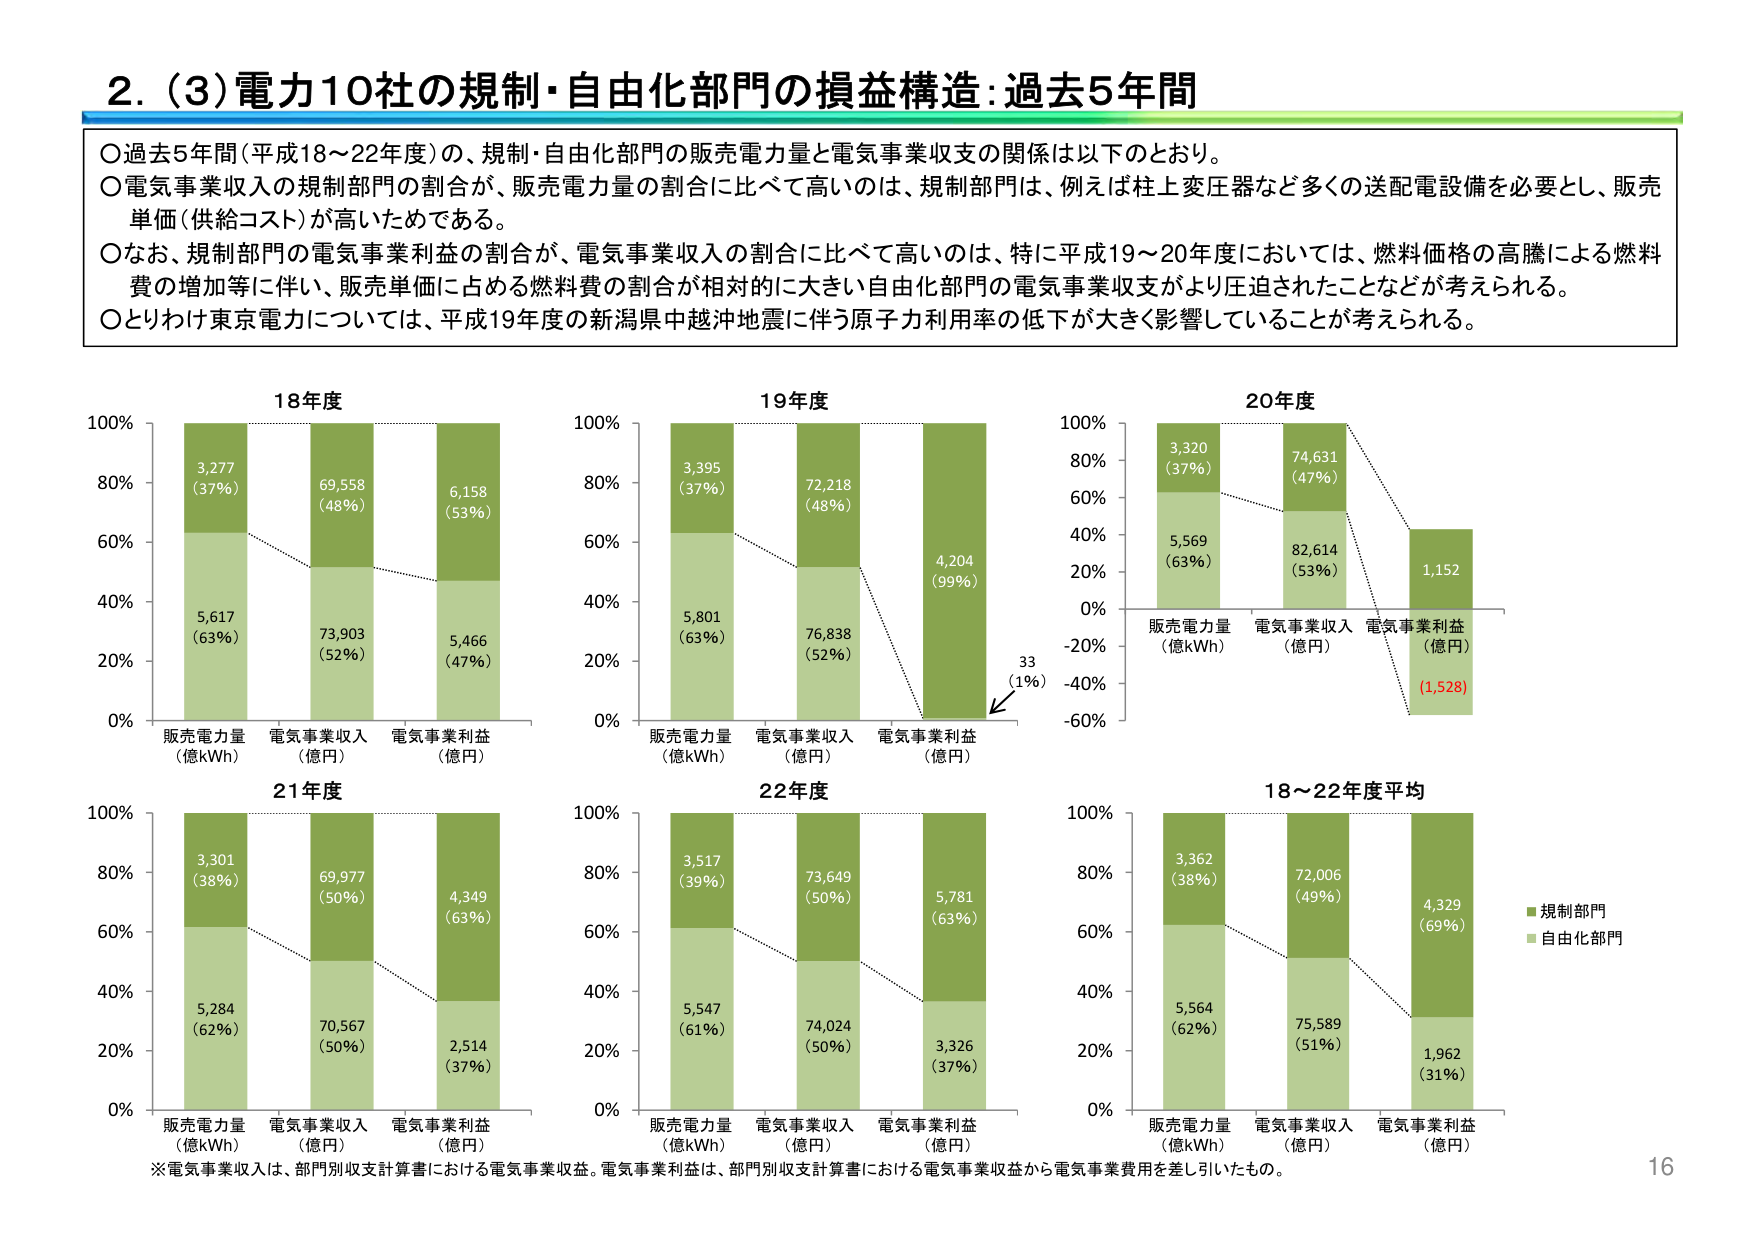
2. (3) 電力10社の規制・自由化部門の損益構造：過去5年間

○過去5年間（平成18～22年度）の、規制・自由化部門の販売電力量と電気事業収支の関係は以下のとおり。
○電気事業収入の規制部門の割合が、販売電力量の割合に比べて高いのは、規制部門は、例えば柱上変圧器など多くの送配電設備を必要とし、販売単価（供給コスト）が高いためである。
○なお、規制部門の電気事業利益の割合が、電気事業収入の割合に比べて高いのは、特に平成19～20年度においては、燃料価格の高騰による燃料費の増加等に伴い、販売単価に占める燃料費の割合が相対的に大きい自由化部門の電気事業収支がより圧迫されたことなどが考えられる。
○とりわけ東京電力については、平成19年度の新潟県中越沖地震に伴う原子力利用率の低下が大きく影響していることが考えられる。

18年度
販売電力量（億kWh）
3,277 (37%)
5,617 (63%)
電気事業収入（億円）
69,558 (48%)
73,903 (52%)
電気事業利益（億円）
6,158 (53%)
5,466 (47%)

19年度
販売電力量（億kWh）
3,395 (37%)
5,801 (63%)
電気事業収入（億円）
72,218 (48%)
76,838 (52%)
電気事業利益（億円）
4,204 (99%)
33 (1%)

20年度
販売電力量（億kWh）
3,320 (37%)
5,569 (63%)
電気事業収入（億円）
74,631 (47%)
82,614 (53%)
電気事業利益（億円）
1,152
(1,528)

21年度
販売電力量（億kWh）
3,301 (38%)
5,284 (62%)
電気事業収入（億円）
69,977 (50%)
70,567 (50%)
電気事業利益（億円）
4,349 (63%)
2,514 (37%)

22年度
販売電力量（億kWh）
3,517 (39%)
5,547 (61%)
電気事業収入（億円）
73,649 (50%)
74,024 (50%)
電気事業利益（億円）
5,781 (63%)
3,326 (37%)

18～22年度平均
販売電力量（億kWh）
3,362 (38%)
5,564 (62%)
電気事業収入（億円）
72,006 (49%)
75,589 (51%)
電気事業利益（億円）
4,329 (69%)
1,962 (31%)

■規制部門
■自由化部門

※電気事業収入は、部門別収支計算書における電気事業収益。電気事業利益は、部門別収支計算書における電気事業収益から電気事業費用を差し引いたもの。

16